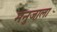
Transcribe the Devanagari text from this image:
मनुजाला